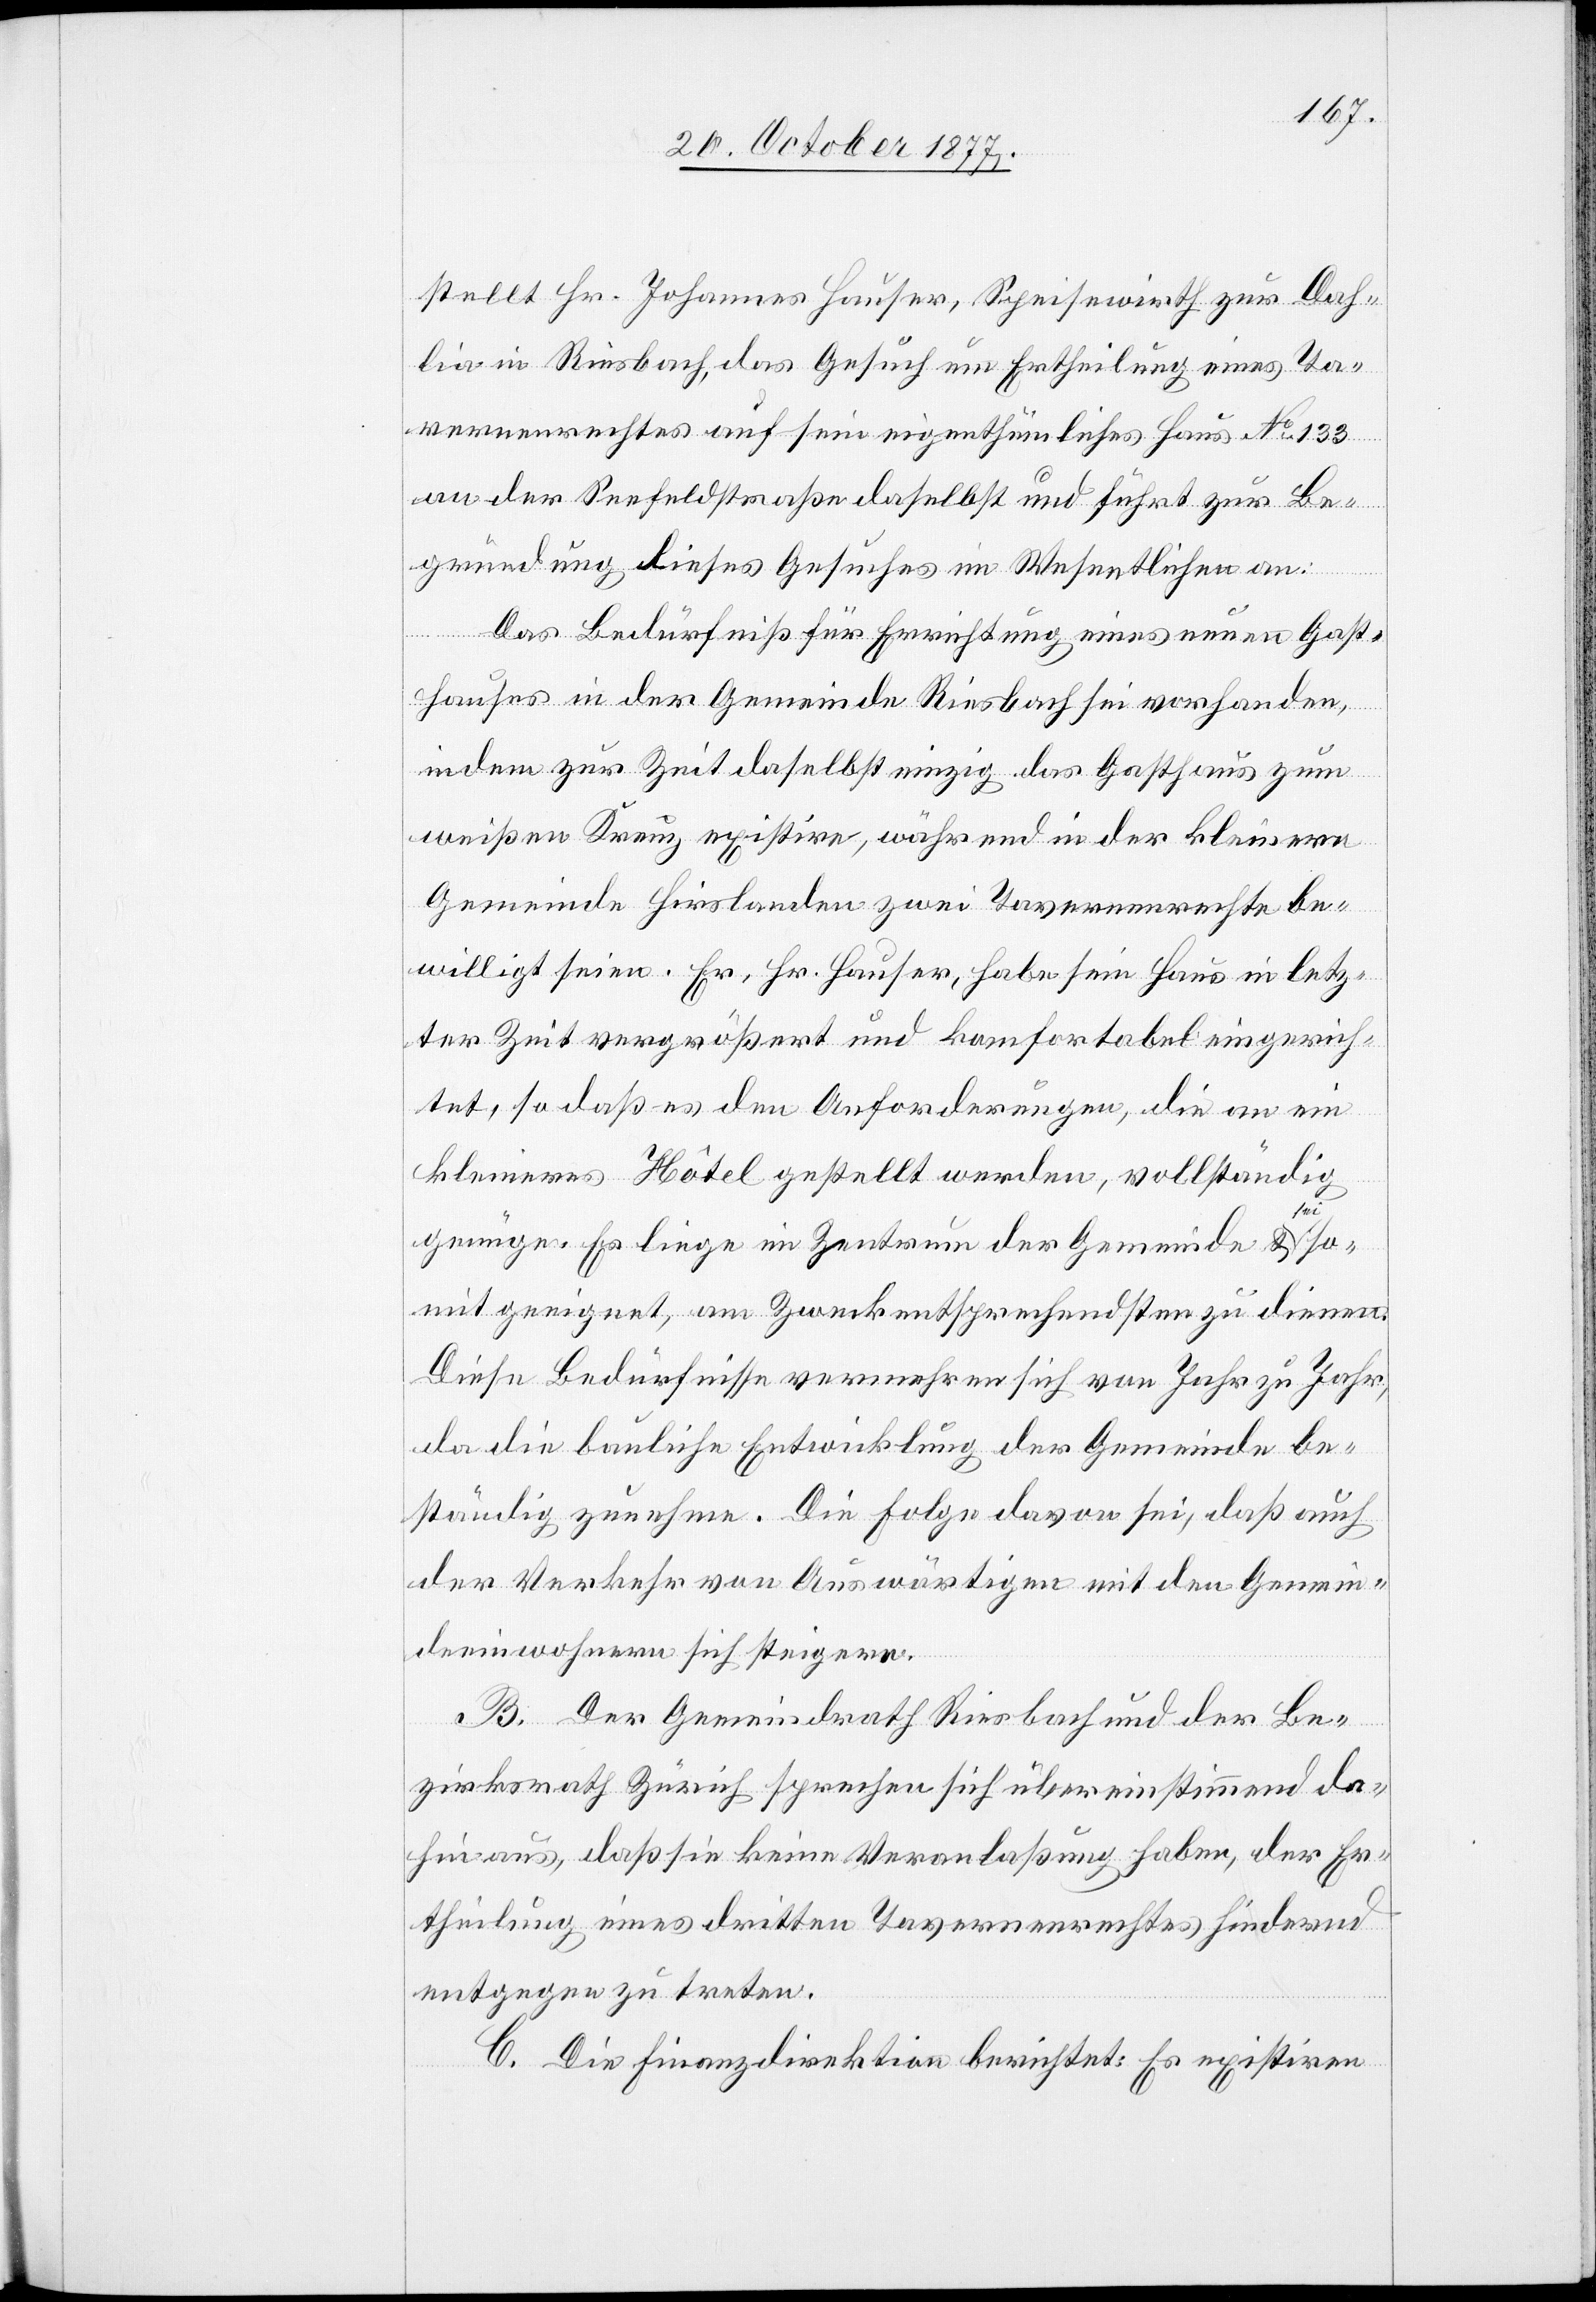
stellt Hr. Johannes Hauser, Speisewirth zur Dah¬
lia in Riesbach, das Gesuch um Ertheilung eines Ta¬
vernenrechtes auf sein eigenthümliches Haus No 133
an der Seefeldstraße daselbst und führt zur Be¬
gründung dieses Gesuches im Wesentlichen an:
Das Bedürfniß für Errichtung eines neuen Gast¬
hauses in der Gemeinde Riesbach sei vorhanden,
indem zur Zeit daselbst einzig das Gasthaus zum
weißen Kreuz existire, während in der kleinern
Gemeinde Hirslanden zwei Tavernenrechte be¬
willigt seien. Er, Hr. Hauser, habe sein Haus in letz¬
ter Zeit vergrößert und komfortabel eingerich¬
tet, so daß es den Anforderungen, die an ein
kleineres Hôtel gestellt werden, vollständig
genüge. Es liege im Zentrum der Gemeinde & sei so¬
mit geeignet, am Zweck entsprechendsten zu dienen.
Diese Bedürfnisse vermehren sich von Jahr zu Jahr,
da die bauliche Entwicklung der Gemeinde be¬
ständig zunehme. Die Folge davon sei, daß auch
der Verkehr von Auswärtigen mit den Gemein¬
deeinwohnern sich steigere.
B. Der Gemeindrath Riesbach und der Be¬
zirksrath Zürich sprechen sich übereinstimmend da¬
hin aus, daß sie keine Veranlaßung haben, der Er¬
theilung eines dritten Tavernenrechtes hindernd
entgegen zu treten.
C. Die Finanzdirektion berichtet: Es existiren